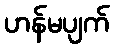
ဟန်မပျက်